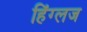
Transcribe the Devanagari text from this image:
हिंग्लज